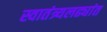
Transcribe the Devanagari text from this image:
स्वातंत्र्यलढ्यांत